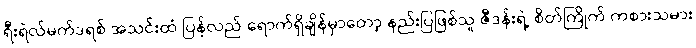
ရီးရဲလ်မက်ဒရစ် အသင်းထံ ပြန်လည် ရောက်ရှိချိန်မှာတော့ နည်းပြဖြစ်သူ ဇီဒန်းရဲ့ စိတ်ကြိုက် ကစားသမား